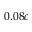
0 . 0 8 c